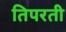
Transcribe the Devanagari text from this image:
तिपरती